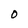
Character: O